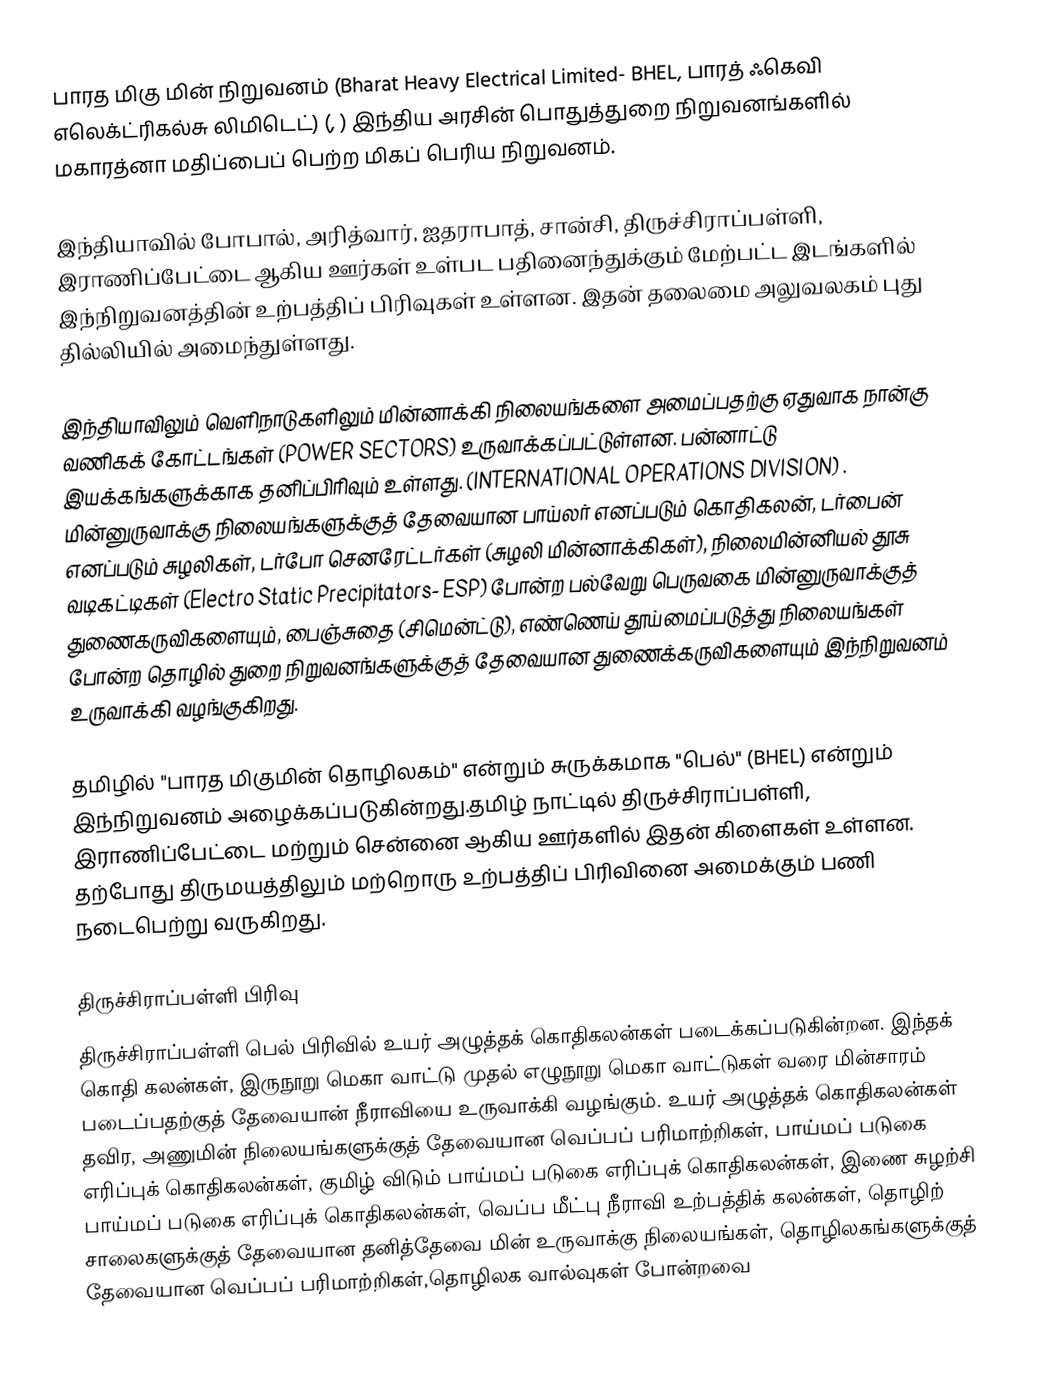
பாரத மிகு மின் நிறுவனம் (Bharat Heavy Electrical Limited- BHEL, பாரத் ஃகெவி எலெக்ட்ரிகல்சு லிமிடெட்) (, ) இந்திய அரசின் பொதுத்துறை நிறுவனங்களில் மகாரத்னா மதிப்பைப் பெற்ற மிகப் பெரிய நிறுவனம்.

இந்தியாவில் போபால், அரித்வார், ஐதராபாத், சான்சி, திருச்சிராப்பள்ளி, இராணிப்பேட்டை  ஆகிய ஊர்கள் உள்பட பதினைந்துக்கும் மேற்பட்ட  இடங்களில் இந்நிறுவனத்தின் உற்பத்திப் பிரிவுகள் உள்ளன. இதன் தலைமை அலுவலகம் புது தில்லியில்  அமைந்துள்ளது.

இந்தியாவிலும் வெளிநாடுகளிலும் மின்னாக்கி நிலையங்களை அமைப்பதற்கு ஏதுவாக நான்கு வணிகக் கோட்டங்கள் (POWER SECTORS) உருவாக்கப்பட்டுள்ளன. பன்னாட்டு  இயக்கங்களுக்காக தனிப்பிரிவும் உள்ளது. (INTERNATIONAL OPERATIONS DIVISION) . மின்னுருவாக்கு நிலையங்களுக்குத் தேவையான பாய்லர் எனப்படும் கொதிகலன், டர்பைன் எனப்படும் சுழலிகள், டர்போ செனரேட்டர்கள் (சுழலி மின்னாக்கிகள்), நிலைமின்னியல் தூசு வடிகட்டிகள் (Electro Static Precipitators- ESP) போன்ற பல்வேறு பெருவகை மின்னுருவாக்குத் துணைகருவிகளையும், பைஞ்சுதை (சிமென்ட்டு), எண்ணெய் தூய்மைப்படுத்து நிலையங்கள் போன்ற தொழில் துறை நிறுவனங்களுக்குத் தேவையான துணைக்கருவிகளையும் இந்நிறுவனம் உருவாக்கி வழங்குகிறது.

தமிழில் "பாரத மிகுமின் தொழிலகம்" என்றும் சுருக்கமாக "பெல்" (BHEL) என்றும் இந்நிறுவனம்  அழைக்கப்படுகின்றது.தமிழ் நாட்டில் திருச்சிராப்பள்ளி, இராணிப்பேட்டை மற்றும் சென்னை ஆகிய ஊர்களில் இதன் கிளைகள் உள்ளன. தற்போது திருமயத்திலும் மற்றொரு உற்பத்திப் பிரிவினை அமைக்கும் பணி நடைபெற்று வருகிறது.

திருச்சிராப்பள்ளி பிரிவு
திருச்சிராப்பள்ளி பெல் பிரிவில் உயர் அழுத்தக் கொதிகலன்கள்  படைக்கப்படுகின்றன. இந்தக் கொதி கலன்கள், இருநூறு மெகா வாட்டு முதல் எழுநூறு மெகா வாட்டுகள் வரை மின்சாரம் படைப்பதற்குத் தேவையான் நீராவியை உருவாக்கி வழங்கும். உயர் அழுத்தக் கொதிகலன்கள் தவிர, அணுமின் நிலையங்களுக்குத்  தேவையான வெப்பப் பரிமாற்றிகள், பாய்மப் படுகை எரிப்புக் கொதிகலன்கள், குமிழ் விடும் பாய்மப் படுகை எரிப்புக் கொதிகலன்கள், இணை சுழற்சி பாய்மப் படுகை எரிப்புக் கொதிகலன்கள், வெப்ப மீட்பு நீராவி உற்பத்திக் கலன்கள், தொழிற் சாலைகளுக்குத் தேவையான தனித்தேவை மின் உருவாக்கு நிலையங்கள், தொழிலகங்களுக்குத் தேவையான வெப்பப் பரிமாற்றிகள்,தொழிலக வால்வுகள் போன்றவை